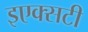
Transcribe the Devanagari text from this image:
इएक्सटी